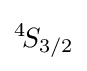
{}^{4}\!S_{3/2}